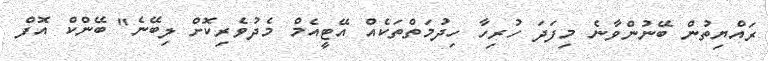
ރައްޔިތުން ބޭނުންވާނެ މިފަދަ ހުރިހާ ހިދުމަތްތަކެއް އޭޓީއެމް މެދުވެރިކޮށް ލިބޭނެ" ބޭންކް އޮފް